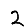
Digit: 2